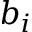
b _ { i }